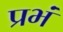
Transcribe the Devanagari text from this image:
प्रभं